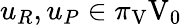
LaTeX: u_{R},u_{P}\in\pi_{\mathrm{V}}\mathrm{V}_{0}